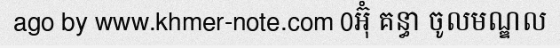
ago by www.khmer-note.com 0អ៊ុំ គន្ធា ចូលមណ្ឌល